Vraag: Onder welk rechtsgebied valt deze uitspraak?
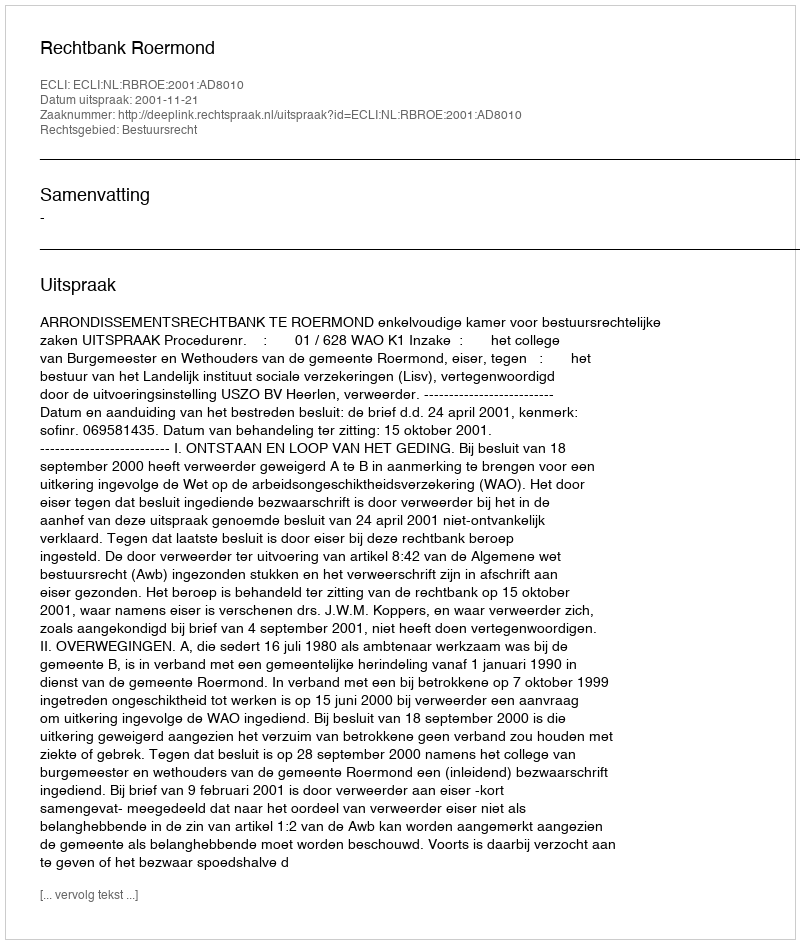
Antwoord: Bestuursrecht